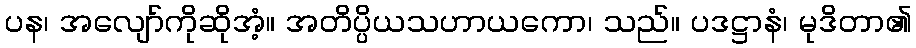
ပန၊ အလျော်ကိုဆိုအံ့။ အတိပ္ပိယသဟာယကော၊ သည်။ ပဒဋ္ဌာနံ၊ မုဒိတာ၏